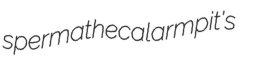
spermathecal armpit's